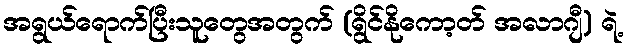
အရွယ်ရောက်ပြီးသူတွေအတွက် (ရွိင်နိုကော့တ် အလာဂျီ) ရဲ့